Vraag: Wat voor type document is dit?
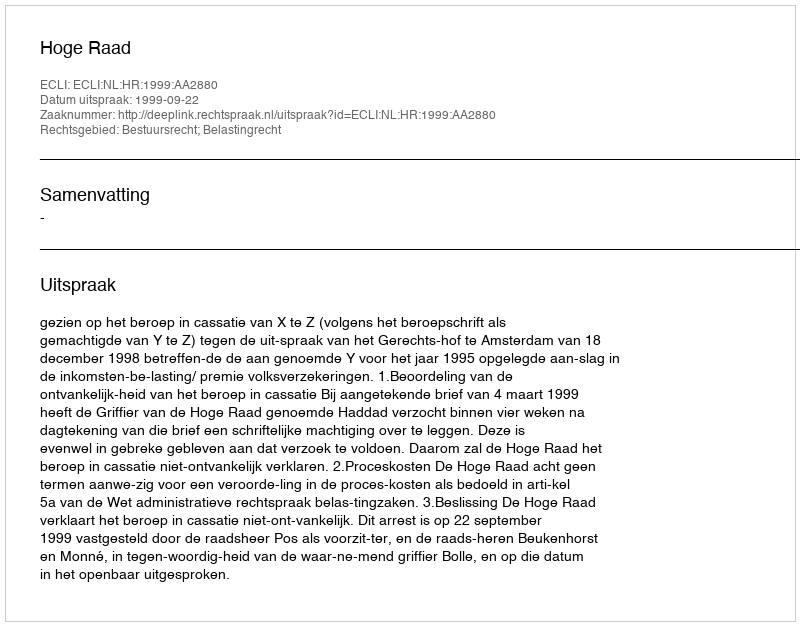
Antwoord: Uitspraak